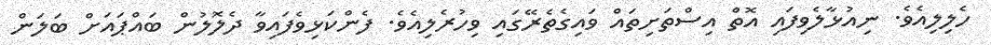
ހެލިލިއެވެ. ނިއުޅާލެވިފައި އޮތް އިސްތަށިތައް ވައިގެތެރޭގައި ވިހުރެލިއެވެ. ފެންކަޅިވެފައިވާ ދެލޮލުން ބައްޕައަށް ބަލަން